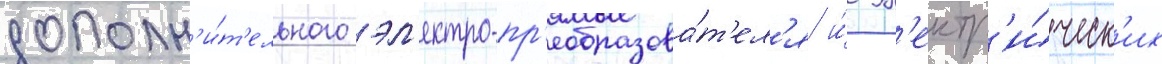
дополн'и́т'ельного эл'ектро-пр'еобразова́т'ел'я и́ эл'ектр'и́ческ'их